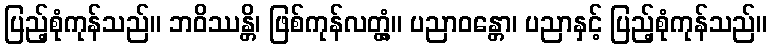
ပြည့်စုံကုန်သည်။ ဘဝိဿန္တိ၊ ဖြစ်ကုန်လတ္တံ့။ ပညာဝန္တော၊ ပညာနှင့် ပြည့်စုံကုန်သည်။